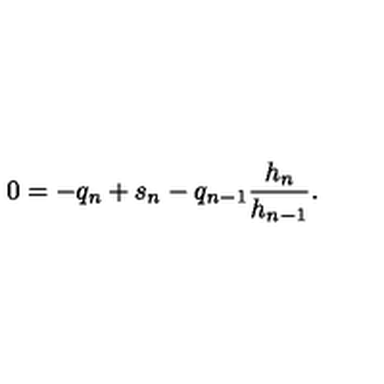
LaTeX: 0 = - q _ { n } + s _ { n } - q _ { n - 1 } \frac { h _ { n } } { h _ { n - 1 } } .